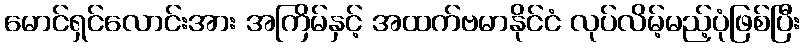
မောင်ရှင်လောင်းအား အကြိမ်နှင့် အထက်ဗမာနိုင်ငံ လုပ်လိမ့်မည့်ပုံဖြစ်ပြီး